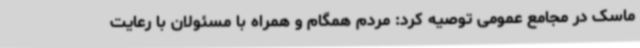
ماسک در مجامع عمومی توصیه کرد: مردم همگام و همراه با مسئولان با رعایت